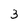
Character: 3